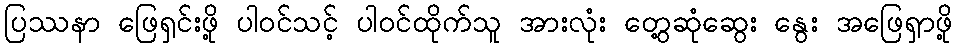
ပြဿနာ ဖြေရှင်းဖို့ ပါဝင်သင့် ပါဝင်ထိုက်သူ အားလုံး တွေ့ဆုံဆွေး နွေး အဖြေရှာဖို့